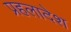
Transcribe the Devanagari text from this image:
प्रहलादेश